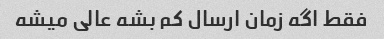
فقط اگه زمان ارسال کم بشه عالی میشه